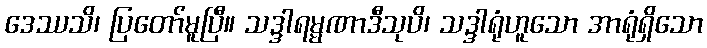
ဒေဿသိ၊ ပြတော်မူပြီ။ သဒ္ဒါရမ္မဏာဒီသုပိ၊ သဒ္ဒါရုံဟူသော အာရုံရှိသော